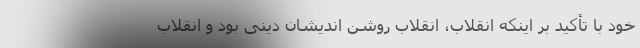
خود با تأکید بر اینکه انقلاب، انقلاب روشن اندیشان دینی بود و انقلاب